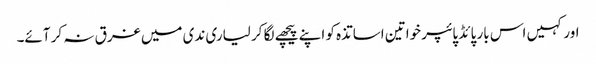
اور کہیں اس بار پائڈ پائپر خواتین اساتذہ کو اپنے پیچھے لگا کر لیاری ندی میں غرق نہ کر آئے۔